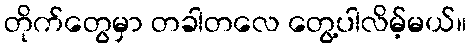
တိုက်တွေမှာ တခါတလေ တွေ့ပါလိမ့်မယ်။